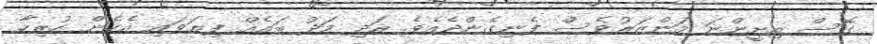
ގޮސް އިށީންނަ މަންޒަރުވެސް ފެނިގެންދެއެވެ. އަދި މަދު ބައެއް ފިޔަވައި އެހެން ހުރިހާ